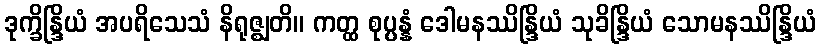
ဒုက္ခိန္ဒြိယံ အပရိသေသံ နိရုဇ္ဈတိ။ ကတ္ထ စုပ္ပန္နံ ဒေါမနဿိန္ဒြိယံ သုခိန္ဒြိယံ သောမနဿိန္ဒြိယံ